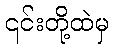
၎င်းတို့ထဲမှ